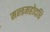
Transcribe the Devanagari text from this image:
मन्त्रमहोदधि